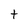
Character: t